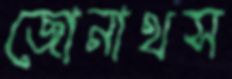
জোনাথস